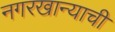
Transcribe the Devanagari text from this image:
नगरखान्याची